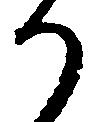
り